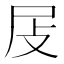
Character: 𡰵